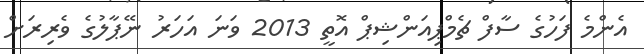
އެންމެ ފަހުގެ ސާފް ޗެމްޕިއަންޝިޕް އޮތީ 2013 ވަނަ އަހަރު ނޭޕާލުގެ ވެރިރަށް